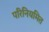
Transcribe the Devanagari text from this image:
परिनियमित